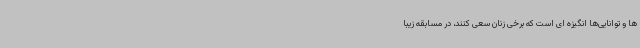
ها و توانایی‌ها انگیزه ای است که برخی زنان سعی کنند، در مسابقه زیبا